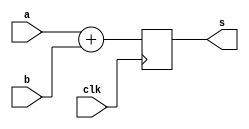
`timescale 1ns / 1ps
//////////////////////////////////////////////////////////////////////////////////
// Company: 
// Engineer: 
// 
// Design Name: 
// Module Name: adder
// Project Name: 
// Target Devices: 
// Tool Versions: 
// Description: 
// 
// Dependencies: 
// 
// Revision:
// Revision 0.01 - File Created
// Additional Comments:
// 
//////////////////////////////////////////////////////////////////////////////////


module adder(a,b,s,clk);
input clk;
input signed [15:0] a,b;
output reg signed[15:0] s;

always @(posedge clk)
    begin
        s = a+b;
    end
endmodule